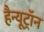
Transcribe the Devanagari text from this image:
हैन्यूट्रॉन